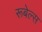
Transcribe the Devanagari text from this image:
रूबेल्स